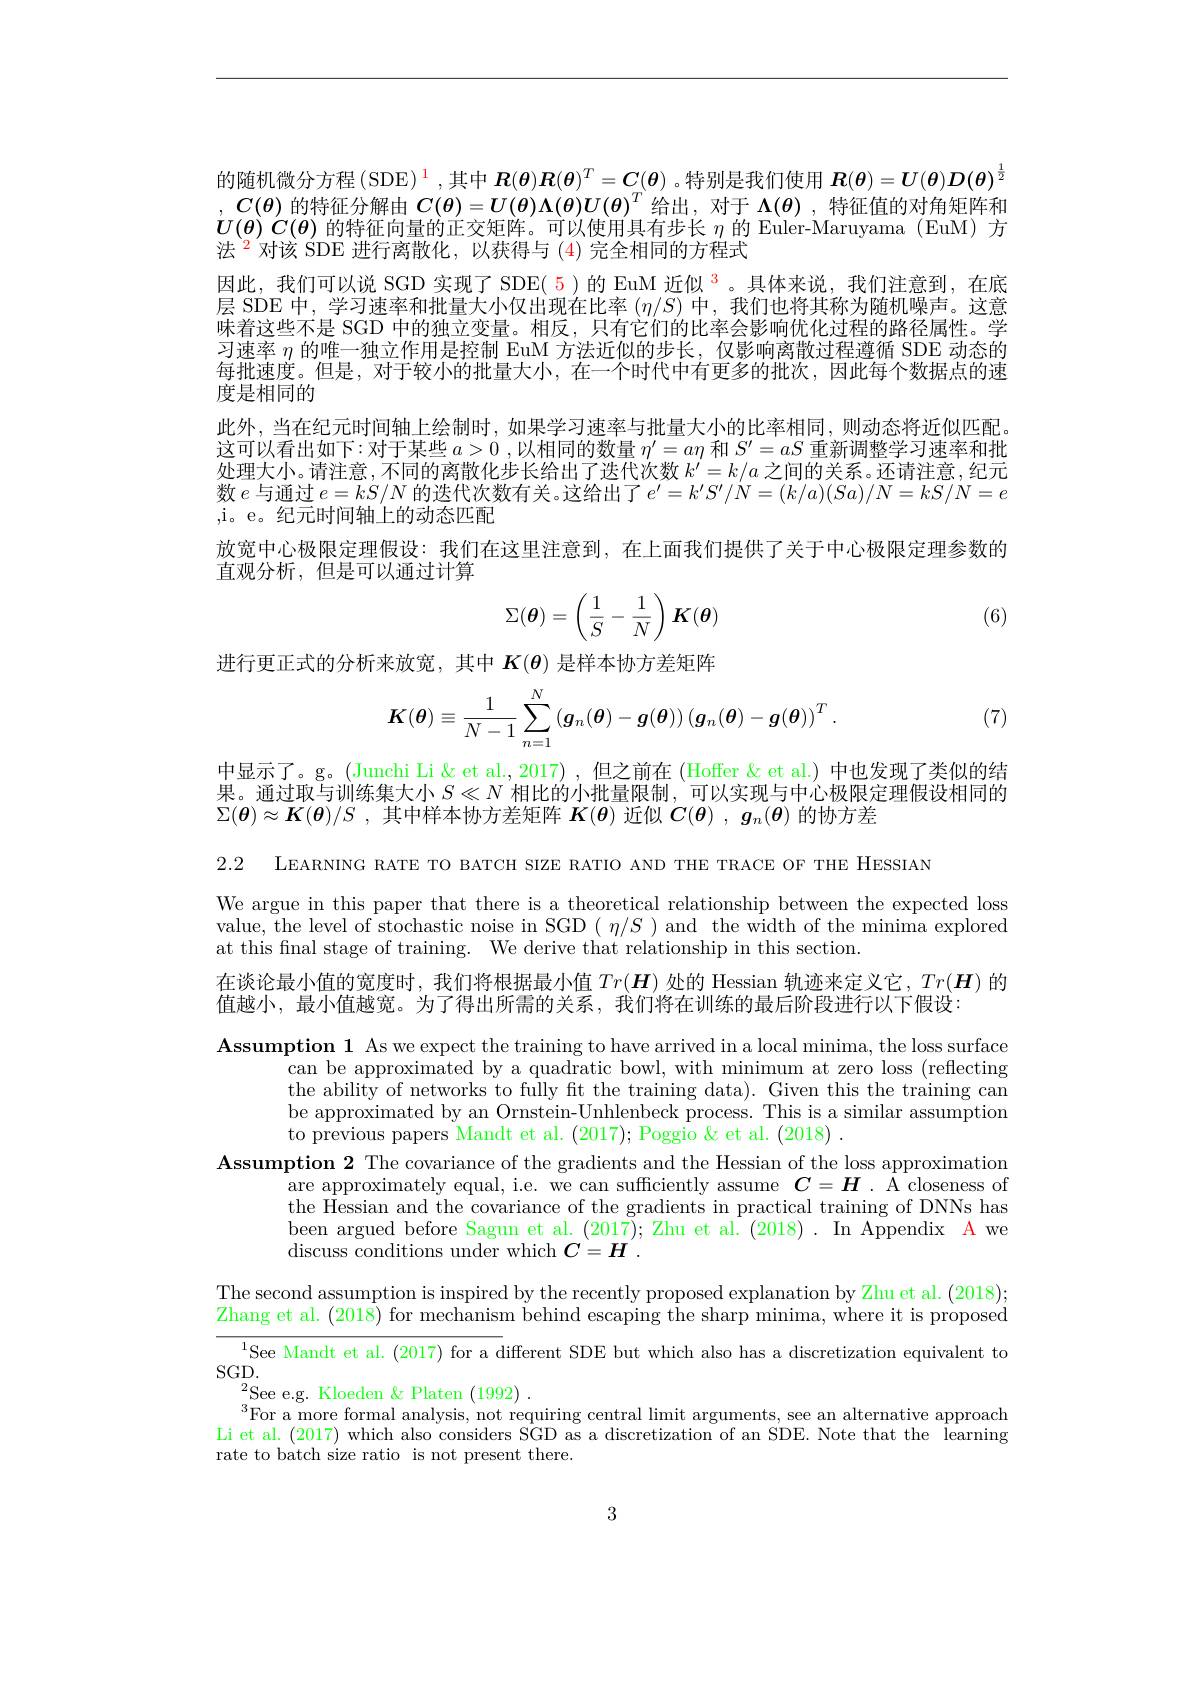
的随机微分方程(SDE)$^{\color{red}1}$,其中 $\boldsymbol R(\boldsymbol{\theta})\boldsymbol{R}(\boldsymbol{\theta})^T=\boldsymbol{C}(\boldsymbol{\theta})$ 。特别是我们使用 $\boldsymbol R(\boldsymbol{\theta})=\boldsymbol U(\boldsymbol{\theta})\boldsymbol{D}(\boldsymbol{\theta})^{\frac12}$ $,C(\boldsymbol{\theta})$的特征分解由$C(\boldsymbol{\theta})=U(\boldsymbol{\theta})\Lambda(\boldsymbol{\theta})U(\boldsymbol{\theta})^T$给出，对于$\Lambda(\boldsymbol{\theta})$ ,特征值的对角矩阵和$U(\theta)C(\theta)$的特征向量的正交矩阵。可以使用具有步长$\eta$的 Euler-Maruyama (EuM) 方法$^{\color{red}2}$对该 SDE 进行离散化，以获得与 (4)完全相同的方程式
因此，我们可以说 SGD 实现了 SDE( 5)的 EuM 近似$^{\color{red}3}$。具体来说，我们注意到，在底层 SDE 中，学习速率和批量大小仅出现在比率$(\eta/S)$中，我们也将其称为随机噪声。这意味着这些不是 SGD 中的独立变量。相反，只有它们的比率会影响优化过程的路径属性。学习速率$\eta$的唯一独立作用是控制 EuM 方法近似的步长，仅影响离散过程遵循 SDE 动态的每批速度。但是，对于较小的批量大小，在一个时代中有更多的批次，因此每个数据点的速度是相同的
此外，当在纪元时间轴上绘制时，如果学习速率与批量大小的比率相同，则动态将近似匹配。这可以看出如下：对于某些$a>0$ ,以相同的数量$\eta^\prime=a\eta$和$S^{\prime}=aS$重新调整学习速率和批处理大小。请注意，不同的离散化步长给出了迭代次数$k^{\prime}=k/a$之间的关系。还请注意，纪元数$e$与通过$e=kS/N$的迭代次数有关。这给出了$e^\prime=k^{\prime}S^{\prime}/N=(k/a)(Sa)/N=kS/N=e$ ,i。e。纪元时间轴上的动态匹配
放宽中心极限定理假设：我们在这里注意到，在上面我们提供了关于中心极限定理参数的
直观分析，但是可以通过计算
$$\Sigma(\boldsymbol{\theta})=\left(\frac{1}{S}-\frac{1}{N}\right)\boldsymbol{K}(\boldsymbol{\theta})$$
(6)

进行更正式的分析来放宽，其中$K(\theta)$是样本协方差矩阵
$$\boldsymbol{K}(\boldsymbol{\theta})\equiv\frac{1}{N-1}\sum_{n=1}^N\left(\boldsymbol{g}_n(\boldsymbol{\theta})-\boldsymbol{g}(\boldsymbol{\theta})\right)\left(\boldsymbol{g}_n(\boldsymbol{\theta})-\boldsymbol{g}(\boldsymbol{\theta})\right)^T.$$
(7)

中显示了。g。(Junchi Li &et al.,2017) ,但之前在 (Hoffer &et al.) 中也发现了类似的结果。通过取与训练集大小$S\ll N$相比的小批量限制，可以实现与中心极限定理假设相同的$\Sigma ( \boldsymbol{\theta }) \approx \boldsymbol{K}( \boldsymbol{\theta }) / S$ ,其中样本协方差矩阵$\boldsymbol K(\boldsymbol{\theta})$近似$C( \boldsymbol{\theta })$ $, \boldsymbol{g}_n( \boldsymbol{\theta })$的协方差

2.2 LEARNING RATE TO BATCH SIZE RATIO AND THE TRACE OF THE HESSIAN

We argue in this paper that there is a theoretical relationship between the expected loss value, the level of stochastic noise in SGD $(\eta/S)$ and the width of the minima explored at this final stage of training. We derive that relationship in this section.
在谈论最小值的宽度时，我们将根据最小值$Tr(\boldsymbol{H})$处的 Hessian 轨迹来定义它，$Tr(\boldsymbol{H})$的
值越小，最小值越宽。为了得出所需的关系，我们将在训练的最后阶段进行以下假设：

Assumption 1 As we expect the training to have arrived in a local minima, the loss surface
can be approximated by a quadratic bowl, with minimum at zero loss (reflecting the ability of networks to fully ft the training data). Given this the training can be approximated by an Ornstein-Unhlenbeck process. This is a similar assumption to previous papers Mandt et al. (2017); Poggio &et al. (2018).
Assumption 2 The covariance of the gradients and the Hessian of the loss approximation
are approximately equal, i.e. we can sufficiently assume $C=\boldsymbol{H}.$ Å closeness of the Hessian and the covariance of the gradients in practical training of DNNs has been argued before Sagun et al. (2017); Zhu et al. (2018). In Appendix A we discuss conditions under which $C=H$

The second assumption is inspired by the recently proposed explanation by Zhu et al. (2018); Zhang et al. (2018) for mechanism behind escaping the sharp minima, where it is proposed

$^{1}$See Mandt et al. (2017) for a different SDE but which also has a discretization equivalent to
$SGD.$
$^{2}$See e.g. Kloeden & Platen (1992) .
$^{3}$For a more formal analysis, not requiring central $\lim$t arguments, see an alternative approach Li et al. (2017) which also considers SGD as a discretization of an SDE. Note that the learning rate to batch size ratio is not present there.

3